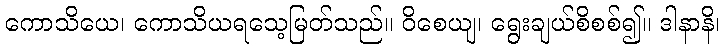
ကောသိယေ၊ ကောသိယရသေ့မြတ်သည်။ ဝိစေယျ၊ ရွေးချယ်စိစစ်၍။ ဒါနာနိ၊